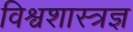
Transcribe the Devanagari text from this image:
विश्वशास्त्रज्ञ